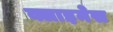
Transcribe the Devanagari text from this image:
क्लाइनेस